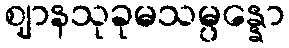
ဈာနသုခုမသမ္ပန္နော